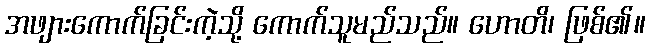
အဖျားကောက်ခြင်းကဲ့သို့ ကောက်သူမည်သည်။ ဟောတိ၊ ဖြစ်၏။